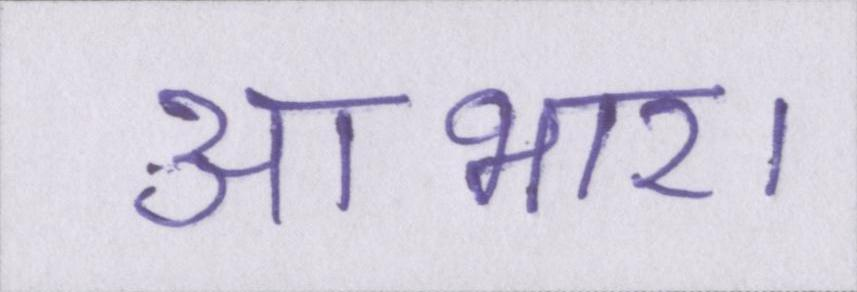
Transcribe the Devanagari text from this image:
आभार।